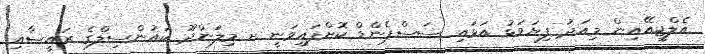
އެލްޖީއޭއިން މިއަދު ފިޔަވަޅު އަޅައި ސަސްޕެންޑް ކޮށްފައިވަނީ ށ މިލަންދޫ ކައުންސިލްގެ ރައީސާއި